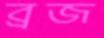
ব্রজ